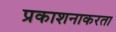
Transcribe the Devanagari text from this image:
प्रकाशनाकरता